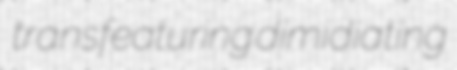
transfeaturing dimidiating